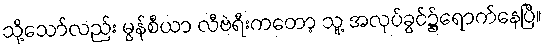
သို့သော်လည်း မွန်စီယာ လီဗဲရီးကတော့ သူ့ အလုပ်ခွင်၌ရောက်နေပြီ။